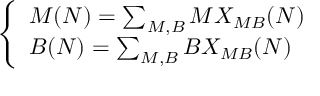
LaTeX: \left\{ \begin{array} { l } { { M ( N ) = \sum _ { M , B } M X _ { M B } ( N ) } } \\ { { B ( N ) = \sum _ { M , B } B X _ { M B } ( N ) } } \end{array} \right.